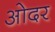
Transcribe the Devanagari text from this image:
ओदर